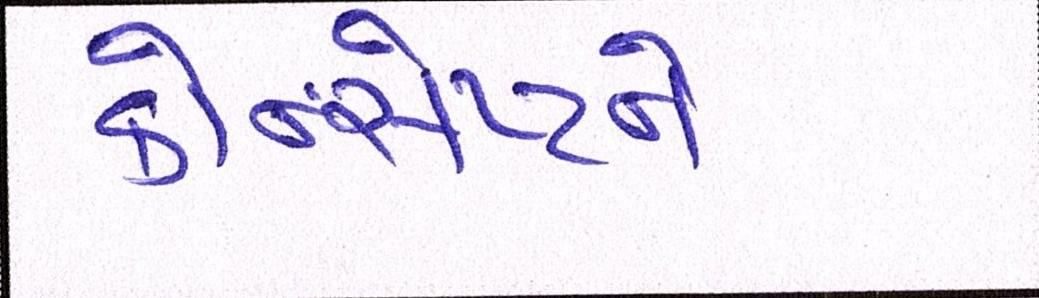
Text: કોન્સેપ્ટને